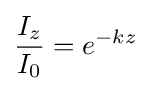
{I_{z} \over I_{0}}=e^{-kz}